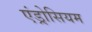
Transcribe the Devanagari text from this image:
एंड्रोसियम